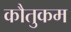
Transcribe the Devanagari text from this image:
कौतुकम